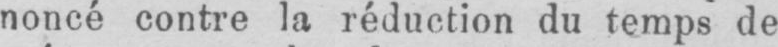
noncé contre la réduction du temps de